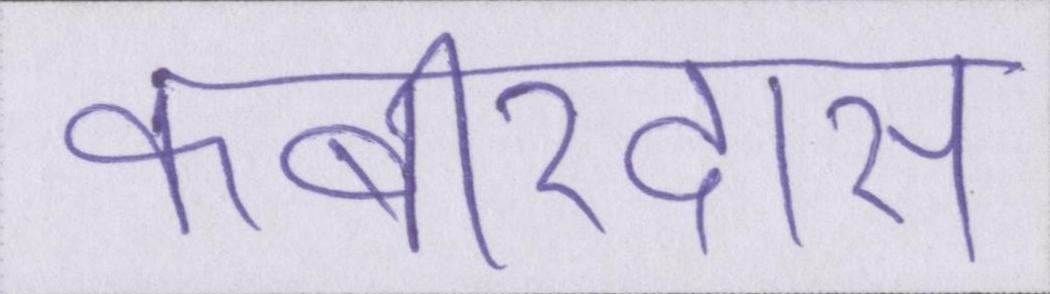
कबीरदास